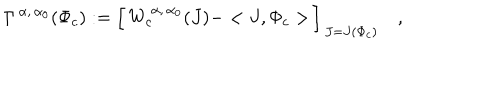
\Gamma ^ { \, \alpha , \, \alpha _ { 0 } } ( \Phi _ { c } ) : = \Bigl [ \, W _ { c } ^ { \, \alpha , \, \alpha _ { 0 } } ( J ) - < J , \Phi _ { c } > \, \Bigr ] _ { \, J = J ( \Phi _ { c } ) } \quad ,